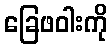
ခြေဖဝါးကို